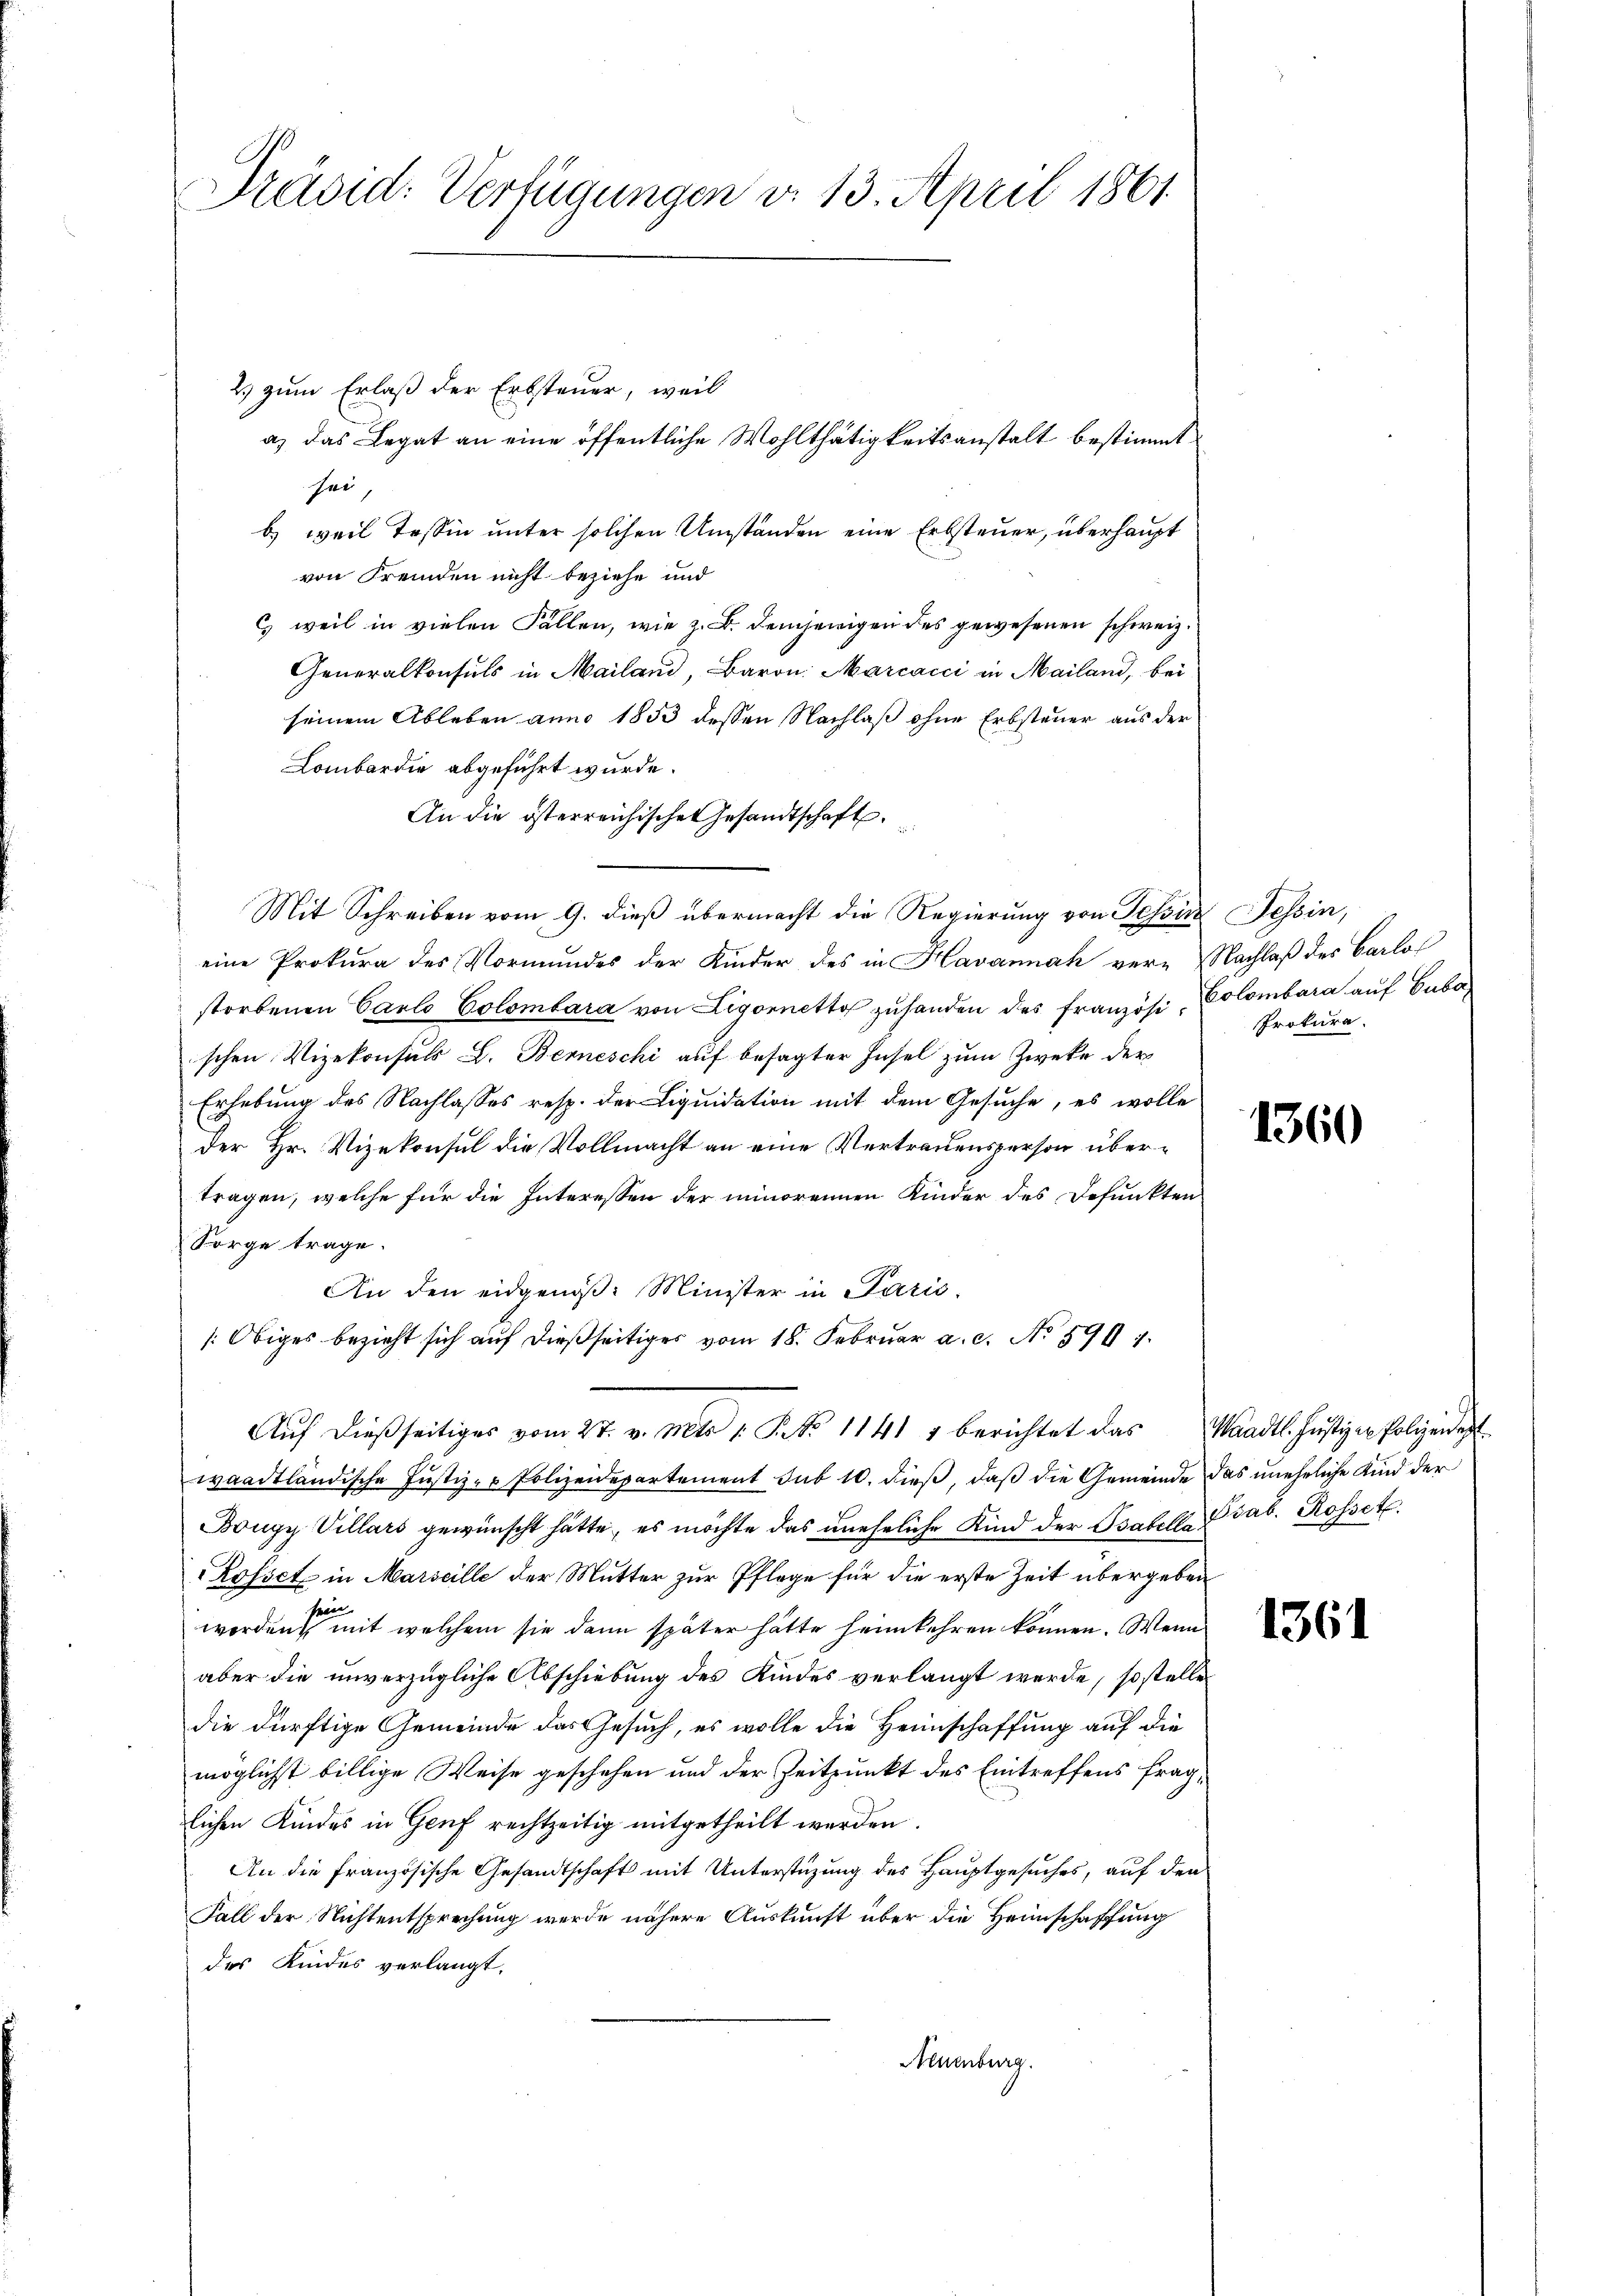
Präsid: Verfügungen d. 13. April 1861

2.) zum Erlaß der Erbsteuer, weil
a) das Legat an eine öffentliche Wohlthätigkeitsanstalt bestimmt
sei,
b) weil Tessin unter solchen Umständen eine Erbsteuer, überhaupt
von Fremden nicht beziehe und
c weil in vielen Fällen, wie z. B. demjenigen des gewesenen schweiz.
Generalkonsuls in Mailand, Baron Marcacci in Mailand, bei
seinem Ableben anno 1853 dessen Nachlaß ohne Erbsteuer aus der
Lombardie abgeführt wurde.
An die österreichischen Gesandtschaft.
Mit Schreiben vom 9. dieß übermacht die Regierung von Tessin Tessin,
eine Prokura des Vormundes der Kinder des in Havannah ver-Nachlaß des Carlos
storbenen Carlo Colombara von Ligornett zŭ handen des französi Colombara auf Babeschen Vizekonsuls L. Berneschi auf besagter Insel zum Zwecke der
Erhebung des Nachlasses resp. der Liquidation mit dem Gesuche, es wolle
der Hr. Vizekonsul die Vollmacht an eine Vertrauensperson übertragen, welche für die Interessen der minorennen Kinder des Defunkten
Sorge trage.
An den eidgenoß: Minister in Paris.
[Obiges bezieht sich auf dießseitiges vom 18. Februar a. c. No. 599 1
Aŭf dießseitiges vom 27. v. Mts. 1. P. No 1141 u berichtet das Waadt. Justizen Polizeident
waadtländische Justiz- & Polizeidepartement sub 10. dieß, daß die Gemeinde das uneheliche Kind der
Bongy Villars gewünscht hätte, es möchte das uneheliche Kind der Osabile Csab. Rosset.
Rosset in Marseille der Mutter zur Pflege für die erste Zeit übergeben
sein.
werden, mit welchem sie dann später hätte heimkehren können. Wenn
aber die unverzügliche Abschiebung des Kindes verlangt werde, so stelle
die dürftige Gemeinde das Gesuch, es wolle die Heimschaffung auf die
möglichst billige Weise geschehen und der Zeitpunkt des Eintreffens fraglichen Kindes in Genf rechtzeitig mitgetheilt werden.
An die Französische Gesandtschaft mit Unterstüzung des Hauptgesuches, auf den
Fall der Nichtentsprechung werde nähere Auskunft über die Heimschaffung
des Kindes verlangt.
Neuenburg.

Prokura¬

1360

1361